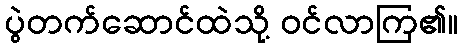
ပွဲတက်ဆောင်ထဲသို့ ဝင်လာကြ၏။